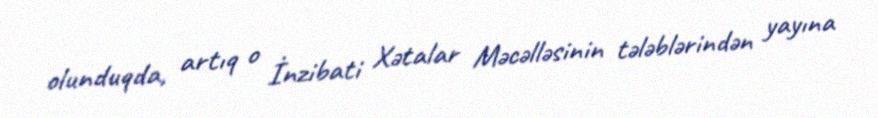
olunduqda, artıq o İnzibati Xətalar Məcəlləsinin tələblərindən yayına